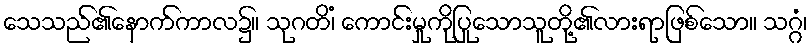
သေသည်၏နောက်ကာလ၌။ သုဂတိံ၊ ကောင်းမှုကိုပြုသောသူတို့၏လားရာဖြစ်သော။ သဂ္ဂံ၊